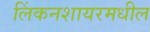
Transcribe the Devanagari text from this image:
लिंकनशायरमधील